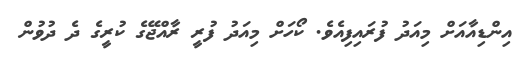
އިންޑިއާއަށް މިއަދު ފުރައިފިއެވެ. ކޯހަށް މިއަދު ފުރީ ރާއްޖޭގެ ކުރީގެ ދެ ދުވުން